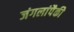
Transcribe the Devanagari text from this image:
जंगलांपैकी